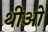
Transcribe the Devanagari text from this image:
थीओ